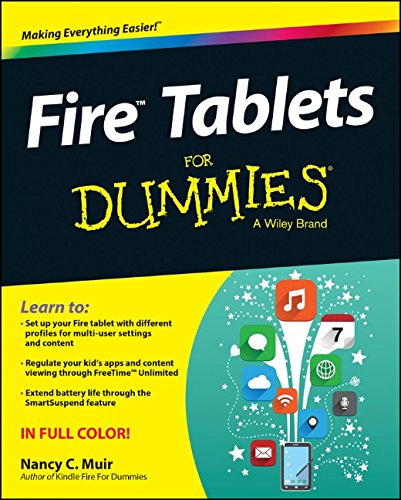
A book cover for Fire Tablets For Dummies; Nancy C. Muir; Computers & Technology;